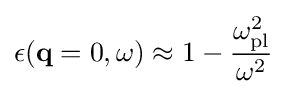
\epsilon (\mathbf {q} =0,\omega )\approx 1-{\frac {\omega _{\rm {pl}}^{2}}{\omega ^{2}}}